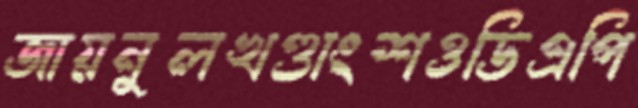
জায়নুলখণ্ডাংশওডিএপি